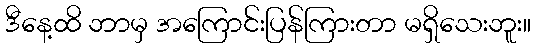
ဒီနေ့ထိ ဘာမှ အကြောင်းပြန်ကြားတာ မရှိသေးဘူး။